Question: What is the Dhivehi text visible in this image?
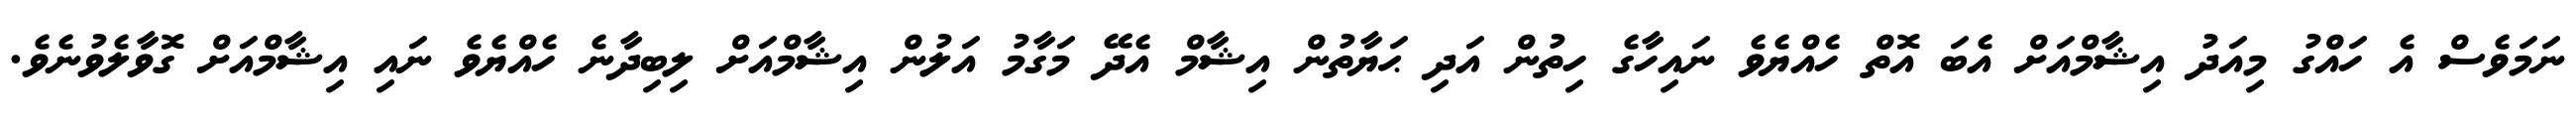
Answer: ނަމަވެސް އެ ހައްގު މިއަދު އިޝާމްއަށް އެބަ އޮތް ހެއްޔެވެ ނައިހާގެ ހިތުން އަދި ޙަޔާތުން އިޝާމް އެދޭ މަގާމު އަލުން އިޝާމްއަށް ލިބިދާނެ ހެއްޔެވެ ނައި އިޝާމްއަށް ގޮވާލެވުނެވެ.